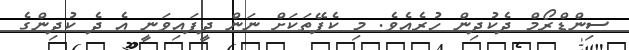
ސިންޑްރޯމް ދެކުދިން ހުރެއެވެ. މި ކެފޭތަކަށް ނަން ދީފައިވަނީ އެ ދެ ކުދިންގެ